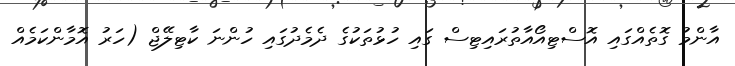
އާންމު ގޮތެއްގައި އޮސްޓިއޯއާތުރައިޓިސް ގައި ހުޅުތަކުގެ ދެމެދުގައި ހުންނަ ކާޓިލޭޖް (ހަރު އޮމާންކަމެއް